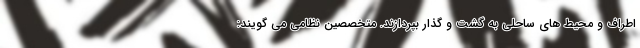
اطراف و محیط های ساحلی به گشت و گذار بپردازند. متخصصین نظامی می گویند: